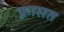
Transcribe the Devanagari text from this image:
फ़्रासत